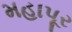
મહાપૂર